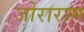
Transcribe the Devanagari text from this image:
जोराराम